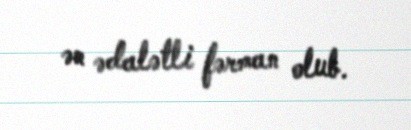
ən ədalətli fərman olub.